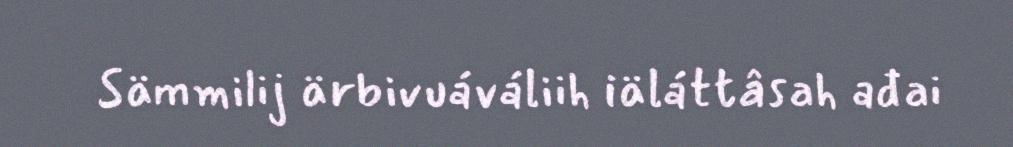
Sämmilij ärbivuáváliih iäláttâsah ađai